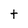
Character: t